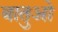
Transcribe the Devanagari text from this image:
बातुओ